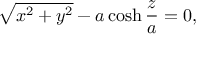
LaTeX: \sqrt { x ^ { 2 } + y ^ { 2 } } - a \cosh \frac { z } { a } = 0 ,